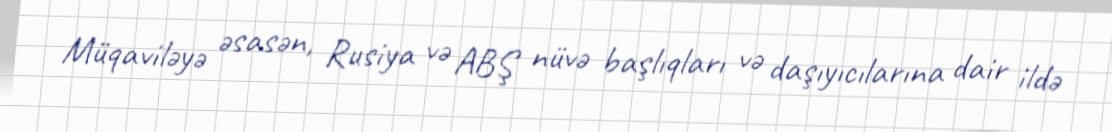
Müqaviləyə əsasən, Rusiya və ABŞ nüvə başlıqları və daşıyıcılarına dair ildə